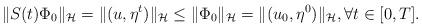
LaTeX: \begin{align*}\|S(t)\Phi_0\|_{\mathcal{H}}=\|(u,\eta^t)\|_{\mathcal{H}}\leq \|\Phi_0\|_{\mathcal{H}}=\|(u_0,\eta^0)\|_{\mathcal{H}}, \forall t\in [0,T].\end{align*}